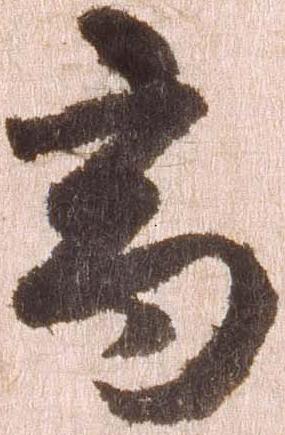
高